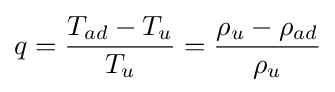
q={\frac {T_{ad}-T_{u}}{T_{u}}}={\frac {\rho _{u}-\rho _{ad}}{\rho _{u}}}